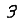
Digit: 3